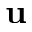
\mathbf { u }